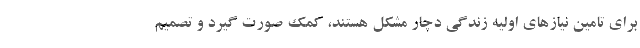
برای تامین نیازهای اولیه زندگی دچار مشکل هستند، کمک صورت گیرد و تصمیم